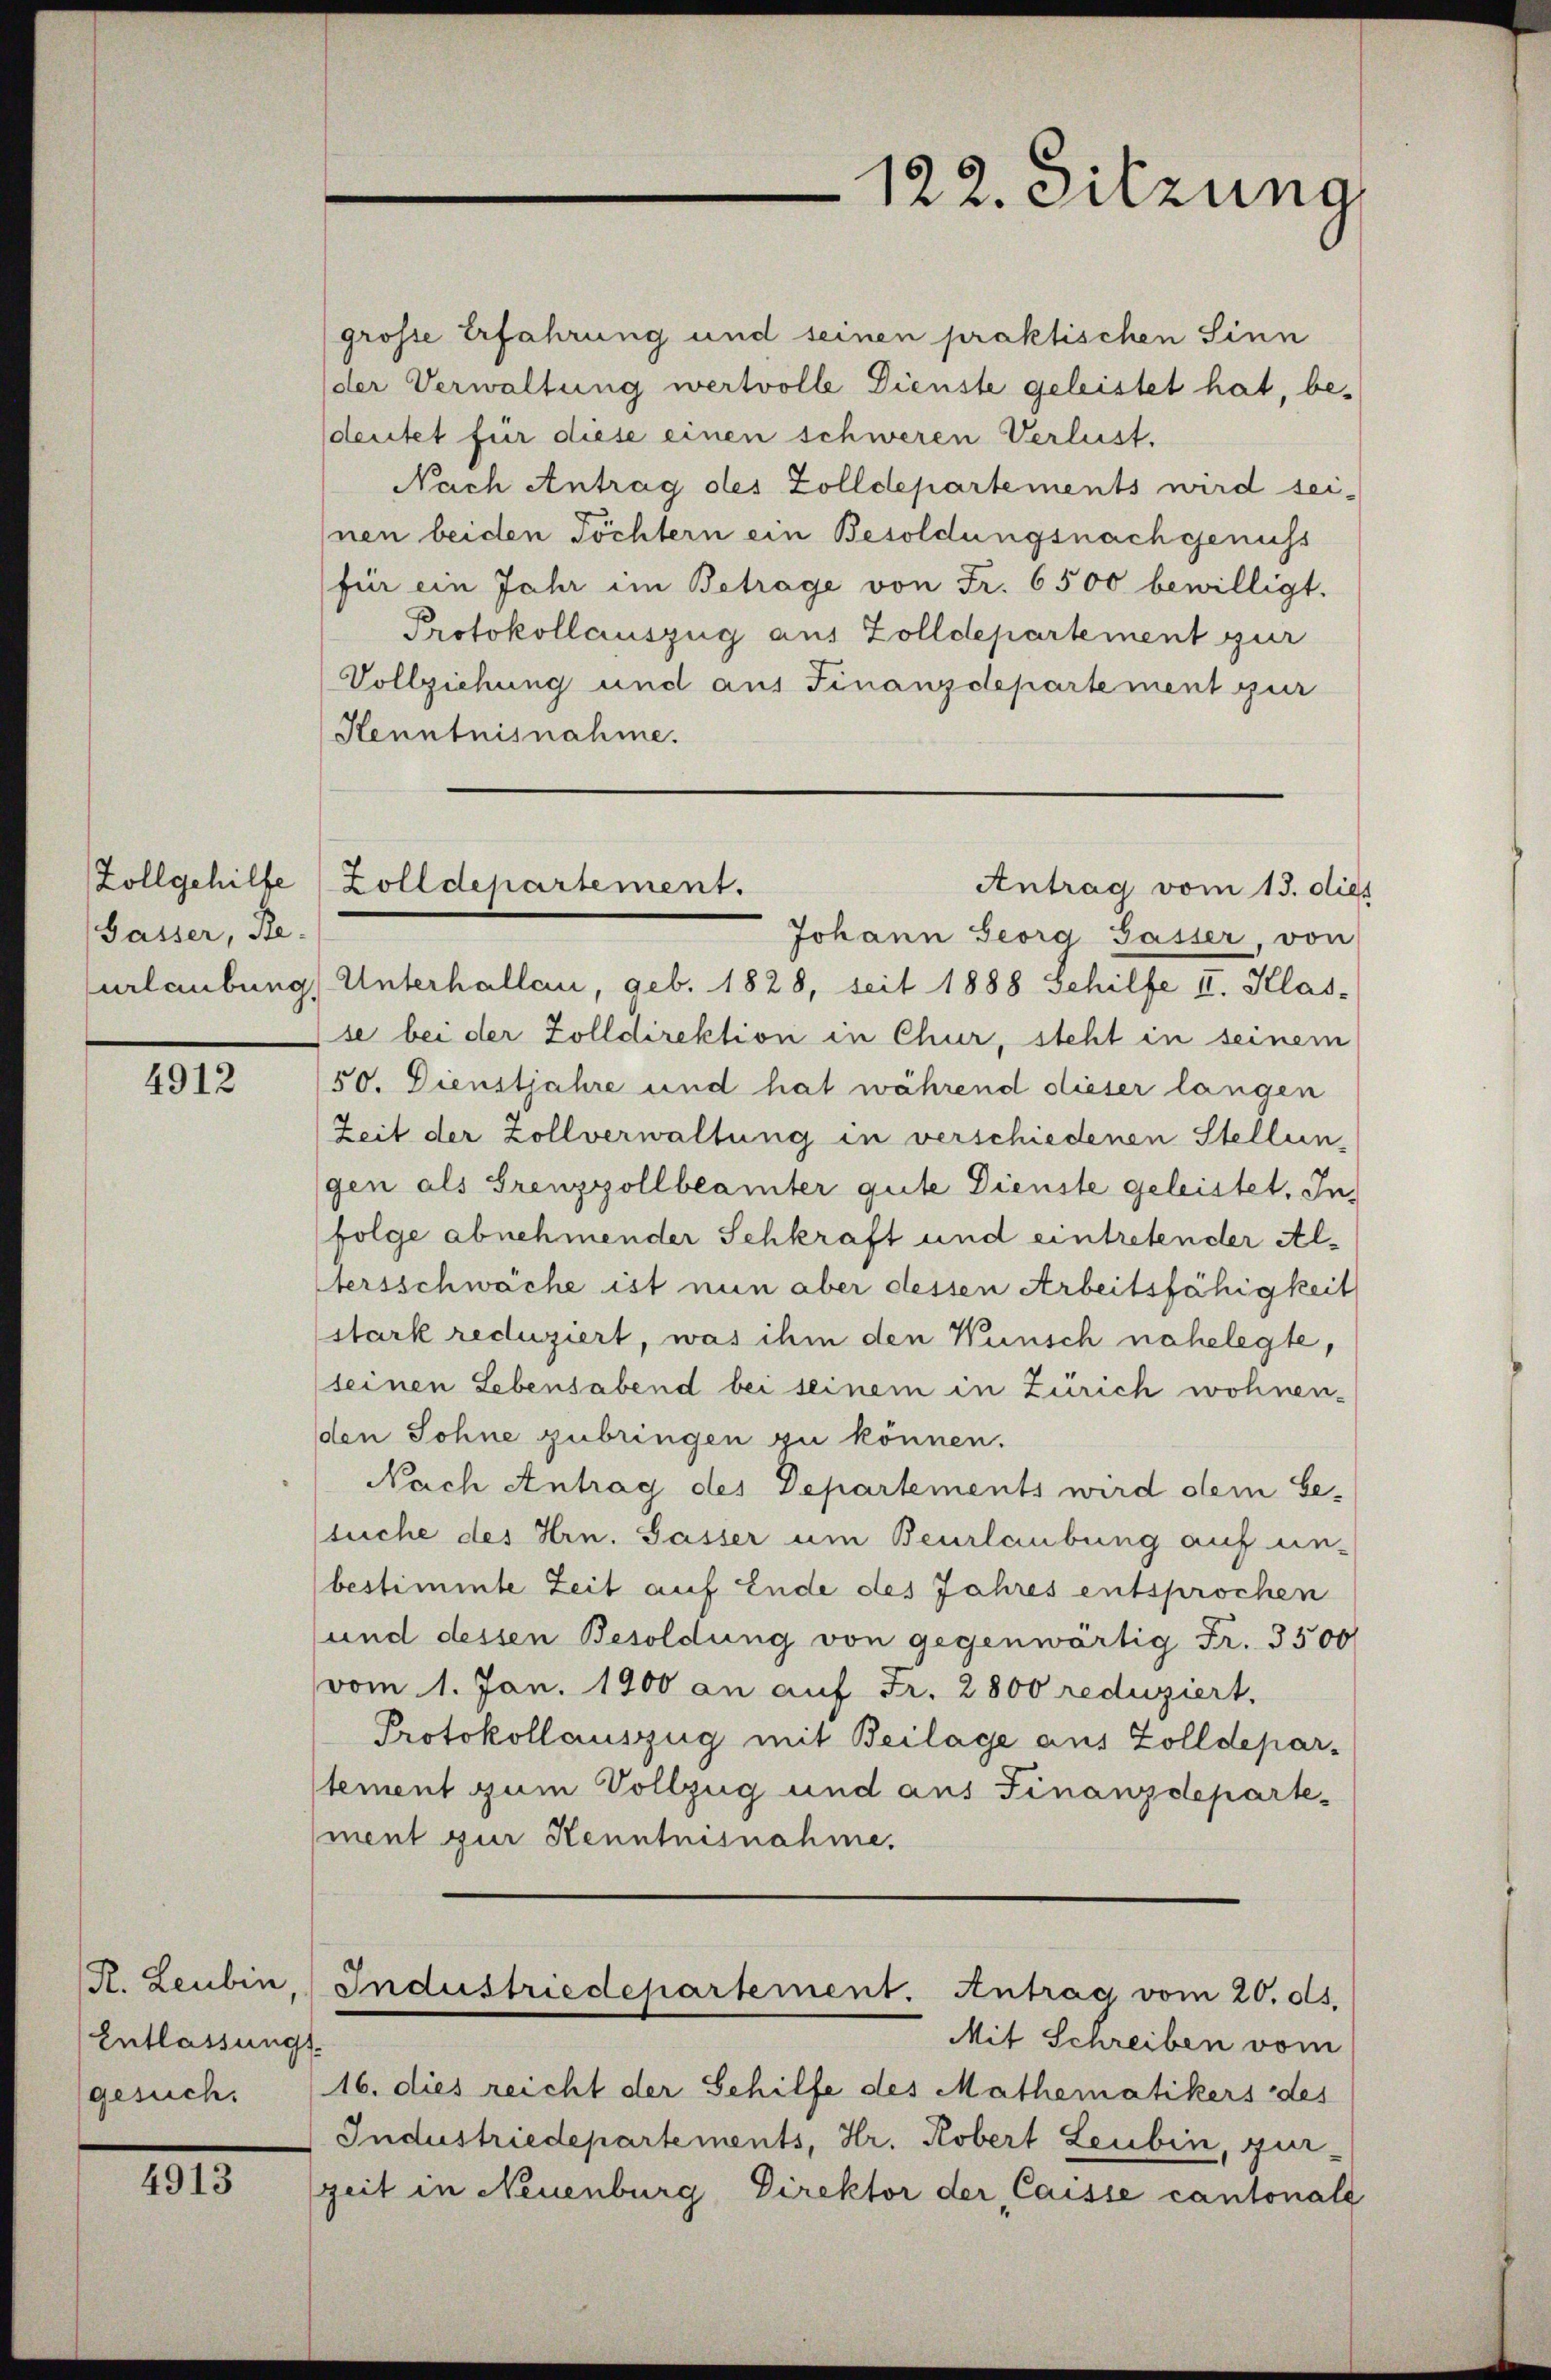
Zollgehilfe
Gasser, Re
urlaubung

4912

R. Leubin
Entlassungs
gesuch.

4913

grosse Erfahrung und seinen praktischen Sinn
(der Verwaltung wertvolle Dienste geleistet hat, besdeutet für diese einen schweren Verlust.
Nach Antrag des Zolldepartements wird sei-
Inen beiden Töchtern ein Besoldungsnachgenuss
für ein Jahr im Betrage von Fr. 6500 bewilligt.
Protokollauszug aus Zolldepartement zur
Vollziehung und aus Finanzdepartement zur
Kenntnisnahme.
Johann Georg Gasser von
Unterhallen, geb. 1828, seit 1888 Schilfe II. Klas-
se bei der Zolldirektion in Chur, steht in seinem
50. Dienstjahre und hat während dieser langen
Zeit der Zollverwaltung in verschiedenen Stellungen als Grenzzollbeamter gute Dienste geleistet. Infolge abnehmender Schkraft und eintretender Altersschwache ist nun aber dessen Arbeitsfähigkeit
stark reduziert, was ihm den Wunsch nahelegte,
seinen Lebensabend bei seinem in Zürich wohnen-
den Sohne zubringen zu können.
Nach Antrag des Departements wird dem besuche des Hrn. Sasser um Beurlaubung auf un-
bestimmte Zeit auf Ende des Jahres entsprochen
und dessen Besoldung von gegenwärtig Fr. 3500
vom 1. Jan. 1900 an auf Fr. 2800 reduziert,
Protokollauszug mit Beilage aus Zolldepartement zum Vollzug und aus Finanzdepartement zur Kenntnisnahme.
Industriedepartement. Antrag vom 20. ds.
Mit Schreiben vom
16. dies reicht der Schilfe des Mathematikers des
Industriedepartements, Hr. Robert Leubin, gutzeit in Neuenburg Direktor der Caisse cantonale

Zolldepartement.
Antrag vom 13. dies

122. Sitzung